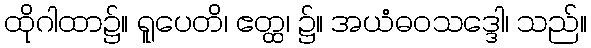
ထိုဂါထာ၌။ ရူပေတိ၊ ဧတ္ထ၊ ၌။ အယံဓဝသဒ္ဒေါ၊ သည်။